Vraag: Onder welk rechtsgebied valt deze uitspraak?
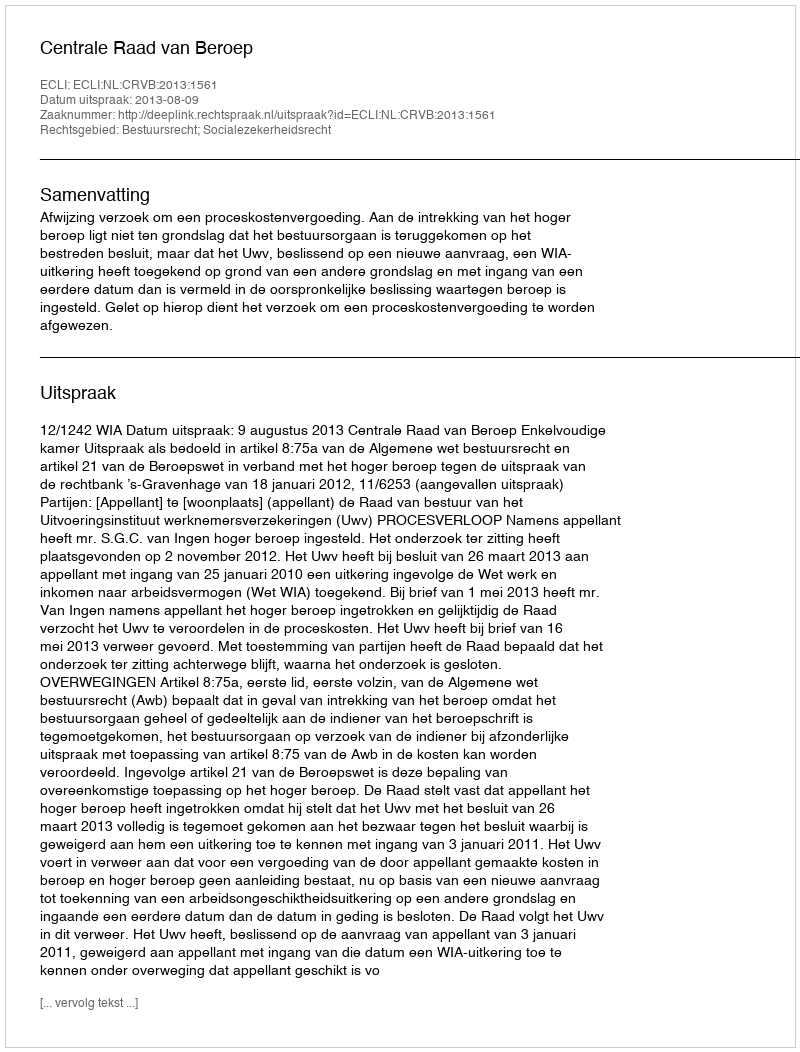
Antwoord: Bestuursrecht; Socialezekerheidsrecht